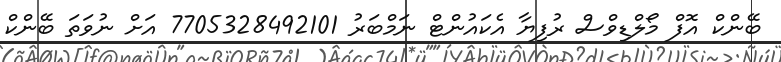
ބޭންކް އޮފް މޯލްޑިވްސް ރުފިޔާ އެކައުންޓް ނަމްބަރު 7705328492101 އަށް ނުވަތަ ބޭންކް